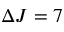
\Delta J = 7